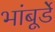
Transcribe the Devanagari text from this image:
भांबूर्डे